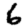
Digit: 6